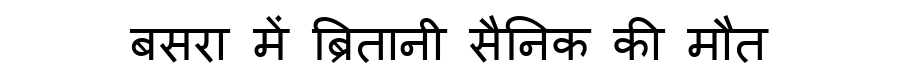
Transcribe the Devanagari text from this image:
बसरा में ब्रितानी सैनिक की मौत